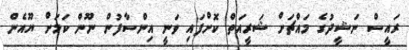
ރައީސް ނަޝީދުގެ މައްޗަށް ޝަރީއަތް ކޮށްފައި ވަނީ އިންސާފުން ނޫން ކަމަށް ޔޫއެން